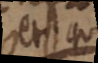
et qui